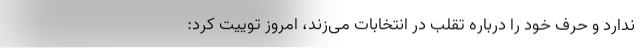
ندارد و حرف خود را درباره تقلب در انتخابات می‌زند، امروز توییت کرد: